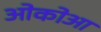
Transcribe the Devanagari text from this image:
ओकोआ